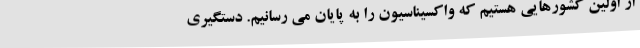
از اولین کشورهایی هستیم که واکسیناسیون را به پایان می رسانیم. دستگیری